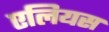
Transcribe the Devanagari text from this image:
एलियस